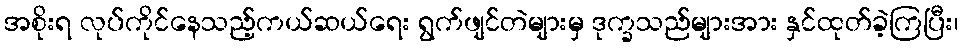
အစိုးရ လုပ်ကိုင်နေသည့်ကယ်ဆယ်ရေး ရွက်ဖျင်တဲများမှ ဒုက္ခသည်များအား နှင်ထုတ်ခဲ့ကြပြီး၊